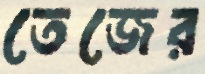
তেজের